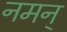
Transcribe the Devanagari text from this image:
नमन्